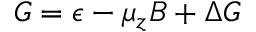
G = \epsilon - \mu _ { z } B + \Delta G